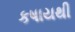
કષાયથી